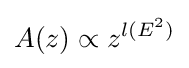
A(z)\propto z^{l(E^{2})}